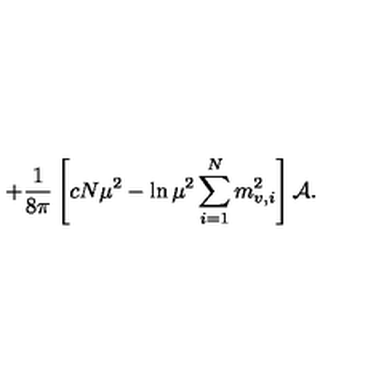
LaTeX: + { \frac { 1 } { 8 \pi } } \left[ c N \mu ^ { 2 } - \ln \mu ^ { 2 } \sum _ { i = 1 } ^ { N } m _ { v , i } ^ { 2 } \right] { \cal A } .